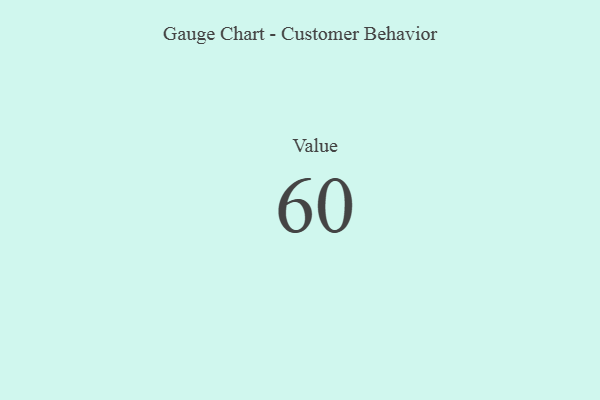
{"axis": {"x": "Metric", "y": "Value"}, "legend": [""], "data": [{"x": "Value", "y": 60, "type": ""}]}